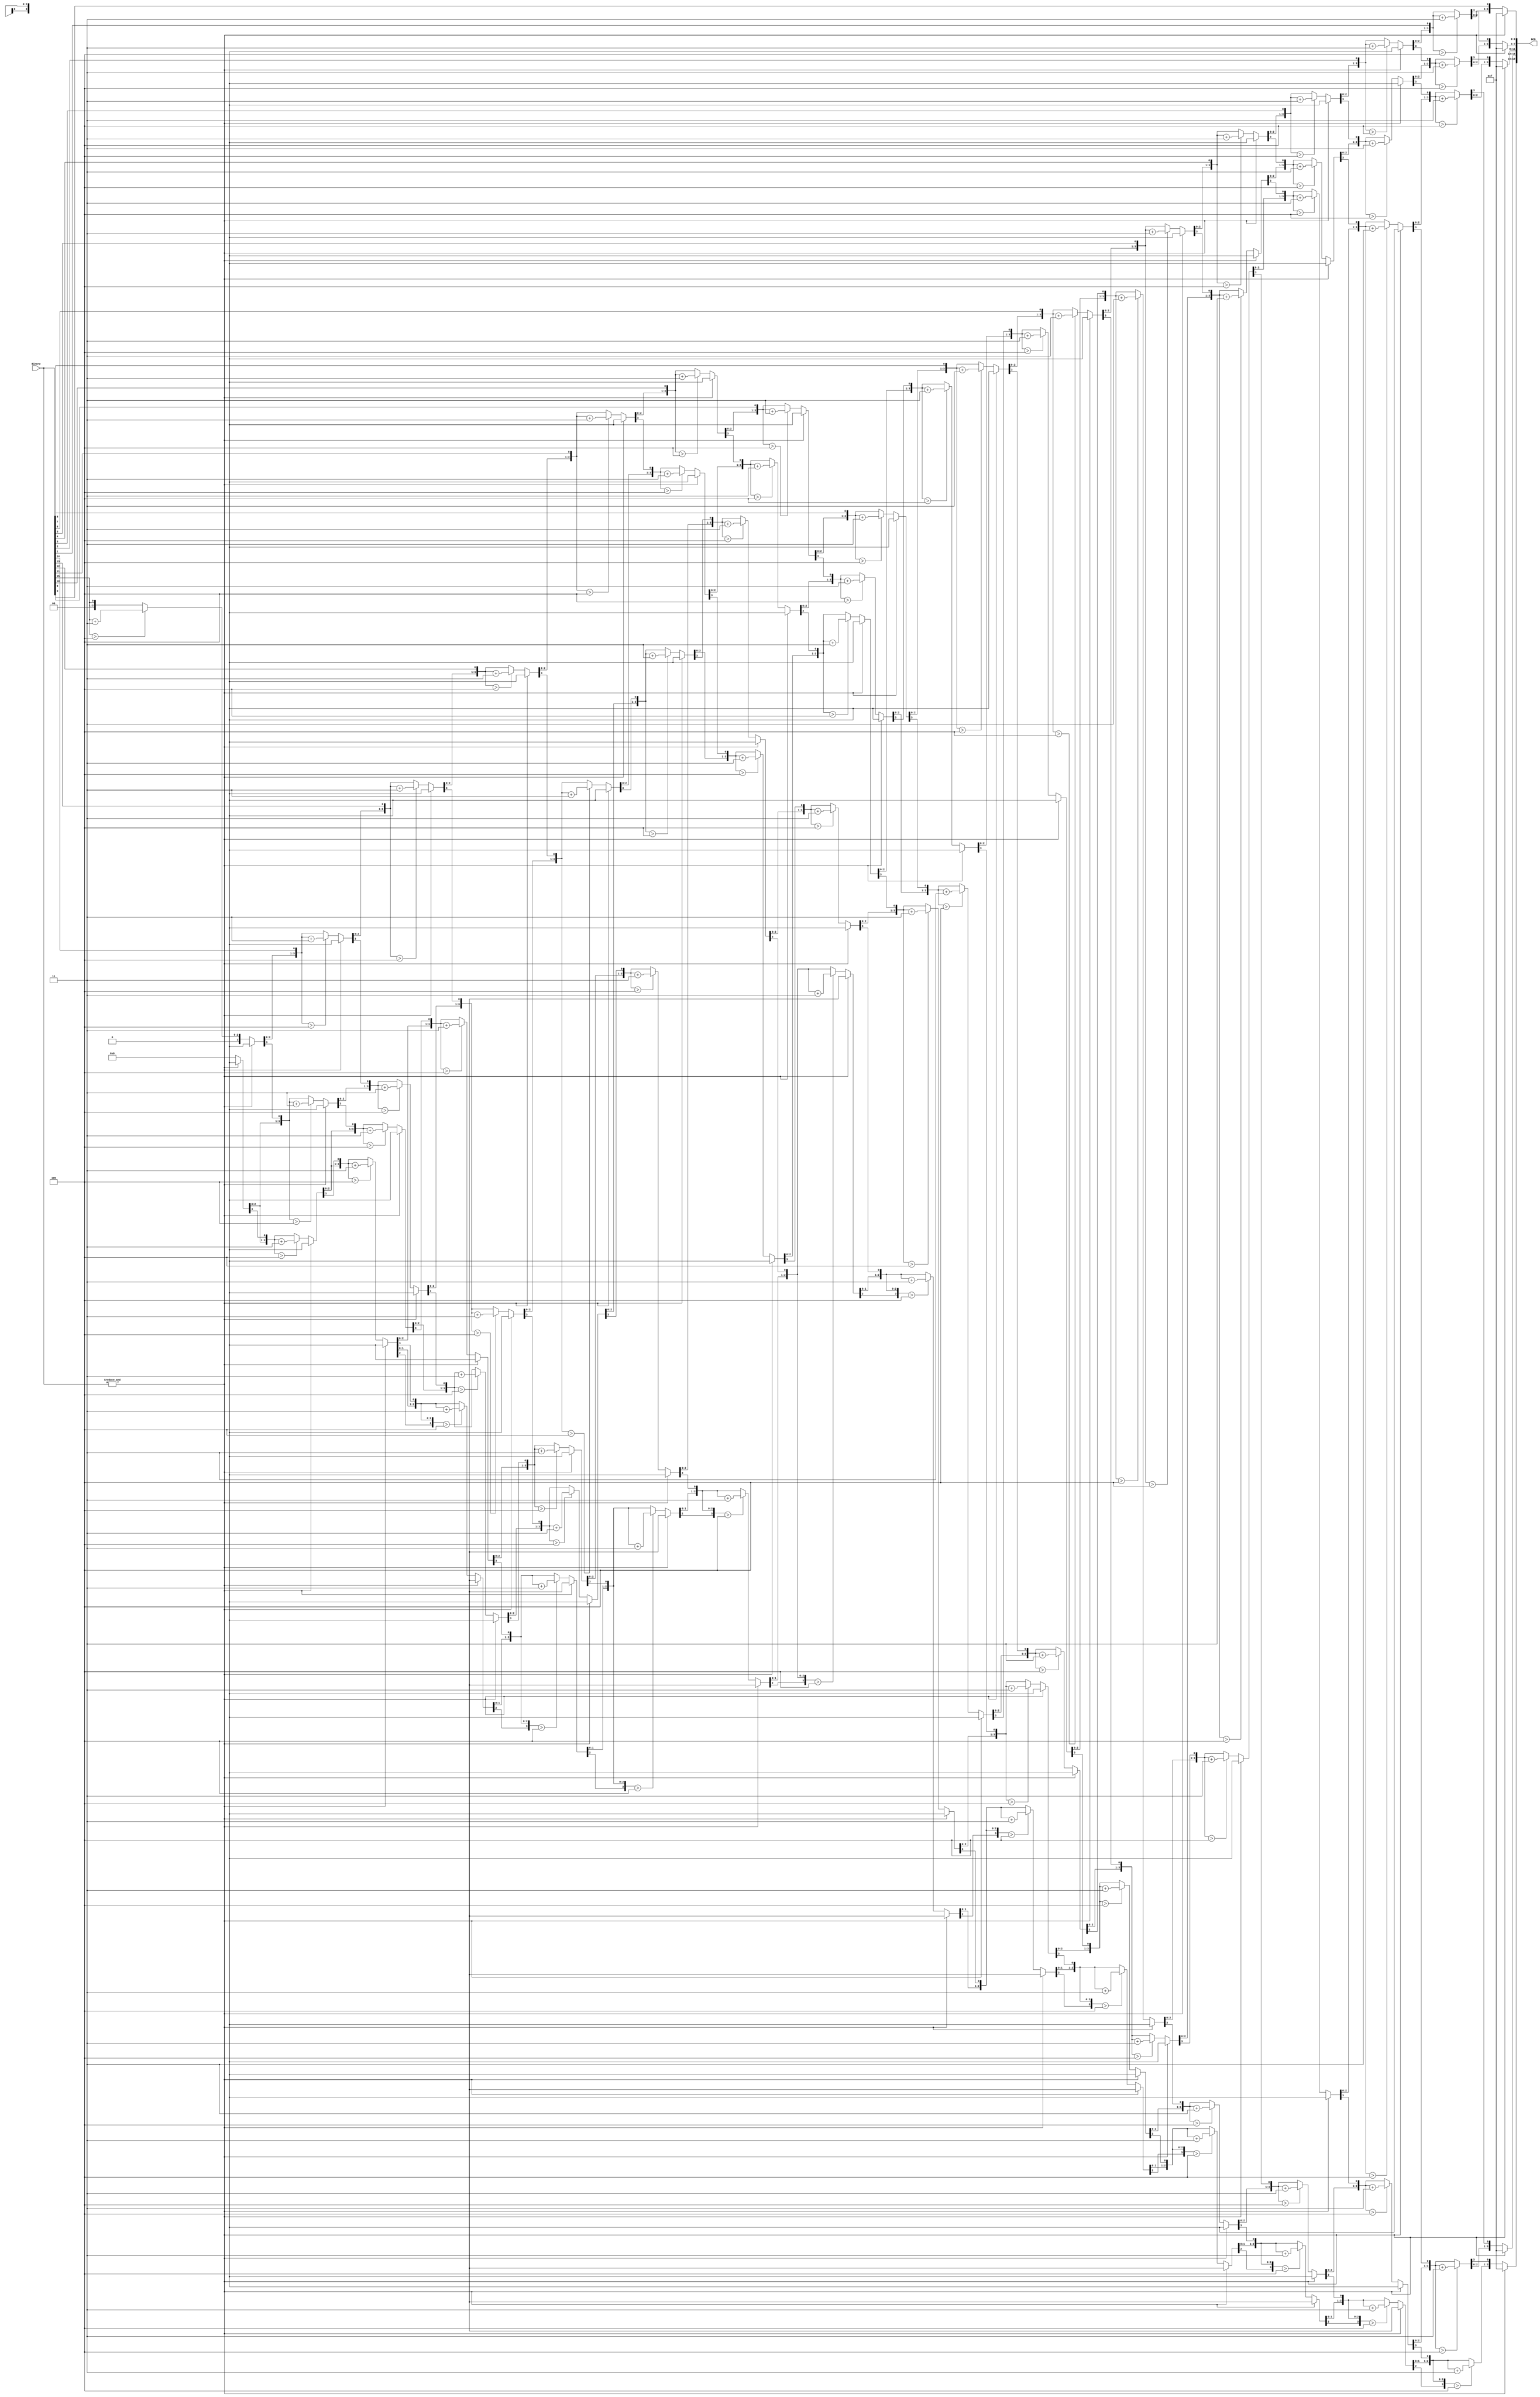
		
//		Module			:	Binary To TEMP Converter
//		Description		:	Converts 16 bit binary to 5 digit TEMP
//		
//		Owner				:	Ahsen Topba

module Bin2BCD_5D(
	
		input wire[15:0] Binary,
		output reg [19:0] BCD		
);

reg [4:0] i;

always @(Binary) begin
	if(~&Binary)
		begin
			BCD = 20'b0;
				for (i = 5'b0; i < 16; i = i+5'b1)
					begin
						 BCD = {BCD[18:0],Binary[15-i]};
								
						 if(i < 15 && BCD[3:0] > 4) 
							  BCD[3:0] = BCD[3:0] + 4'd3;
						 if(i < 15  && BCD[7:4] > 4)
							  BCD[7:4] = BCD[7:4] + 4'd3;
						 if(i < 15 && BCD[11:8] > 4)
							  BCD[11:8] = BCD[11:8] + 4'd3;
						 if(i < 15 && BCD[15:12] > 4)
							  BCD[15:12] = BCD[15:12] + 4'd3;
						 if(i < 15 && BCD[19:16] > 4)
							  BCD[19:16] = BCD[19:16] + 4'd3;
					end
		end 
	else BCD = 20'hFFFFF;
end	
	
endmodule